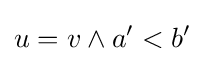
u=v\land a'<b'